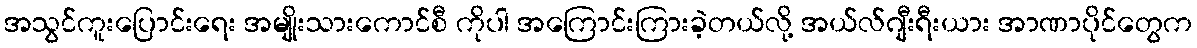
အသွင်ကူးပြောင်းရေး အမျိုးသားကောင်စီ ကိုပါ အကြောင်းကြားခဲ့တယ်လို့ အယ်လ်ဂျီးရီးယား အာဏာပိုင်တွေက